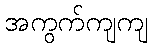
အကွက်ကျကျ